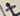
Text: +